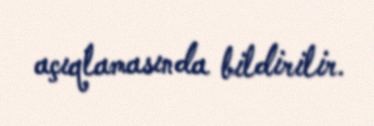
açıqlamasında bildirilir.